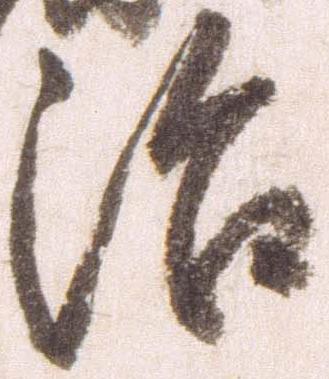
治